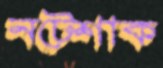
নটেশাক